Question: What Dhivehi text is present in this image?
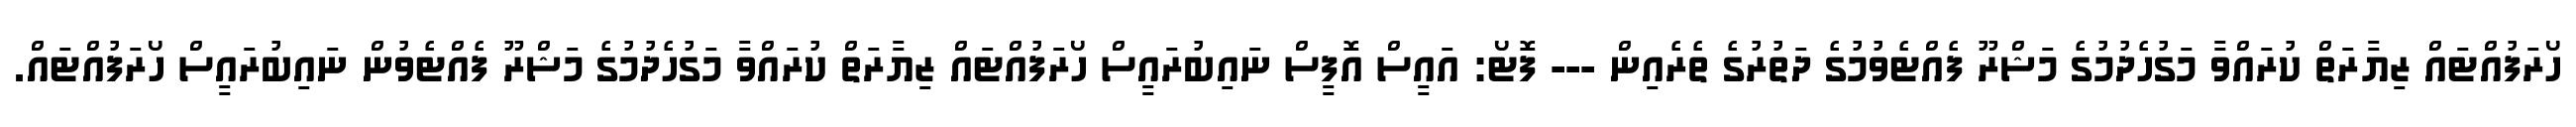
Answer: ހޯރަފުއްޓައް ޒިޔާރަތް ކުރައްވާ މަގުހެދުމުގެ މަޝްރޫ ފެއްޓެވުމުގެ ދަތުރުގެ ތެރެއިން --- ފޮޓޯ: އައީސް އޮފީސް ނައިބުރައީސް ހޯރަފުއްޓައް ޒިޔާރަތް ކުރައްވާ މަގުހެދުމުގެ މަޝްރޫ ފެއްޓެވުން ނައިބުރައީސް ހޯރަފުއްޓައް.